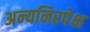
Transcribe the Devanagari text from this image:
अन्यनिरपेक्ष